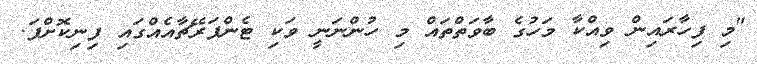
"މި ފިހާރައިން ވިއްކާ މަހުގެ ބާވަތްތައް މި ހުންނަނީ ވަކި ޓެންޕަރޭޗާއެއްގައި ފިނިކޮށްފަ.